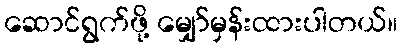
ဆောင်ရွက်ဖို့ မျှော်မှန်းထားပါတယ်။